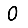
Digit: 0